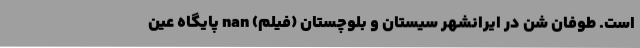
است. طوفان شن در ایرانشهر سیستان و بلوچستان (فیلم) nan پایگاه عین